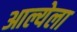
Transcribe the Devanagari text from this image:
आल्येला